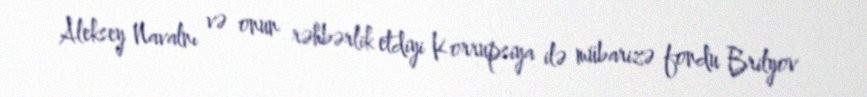
Aleksey Navalnı və onun rəhbərlik etdiyi Korrupsiya ilə mübarizə fondu Brilyov